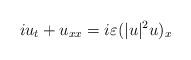
LaTeX: \begin{align*}i u_t + u_{xx} = i \varepsilon (|u|^2 u)_x \end{align*}